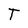
Character: T